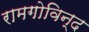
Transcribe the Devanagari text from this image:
रामगोविन्द